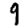
Digit: 9